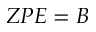
Z P E = B